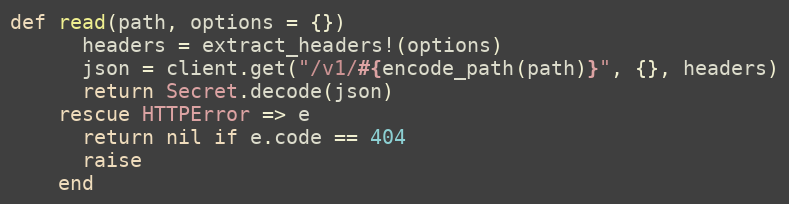
Language: Ruby
def read(path, options = {})
      headers = extract_headers!(options)
      json = client.get("/v1/#{encode_path(path)}", {}, headers)
      return Secret.decode(json)
    rescue HTTPError => e
      return nil if e.code == 404
      raise
    end